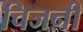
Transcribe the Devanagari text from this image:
चिजनी